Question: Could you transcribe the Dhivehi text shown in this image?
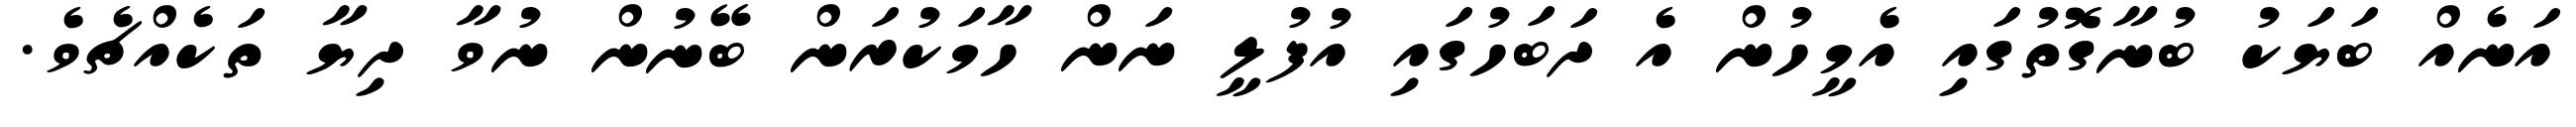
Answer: އަނެއް ބަޔަކު ބުނާގޮތުގައި އެމީހުން އެ ދަބަހުގައި އުފުލީ ނަން ހާމަކުރަން ބޭނުން ނުވާ ދިޔާ ތަކެއްޗެވެ.